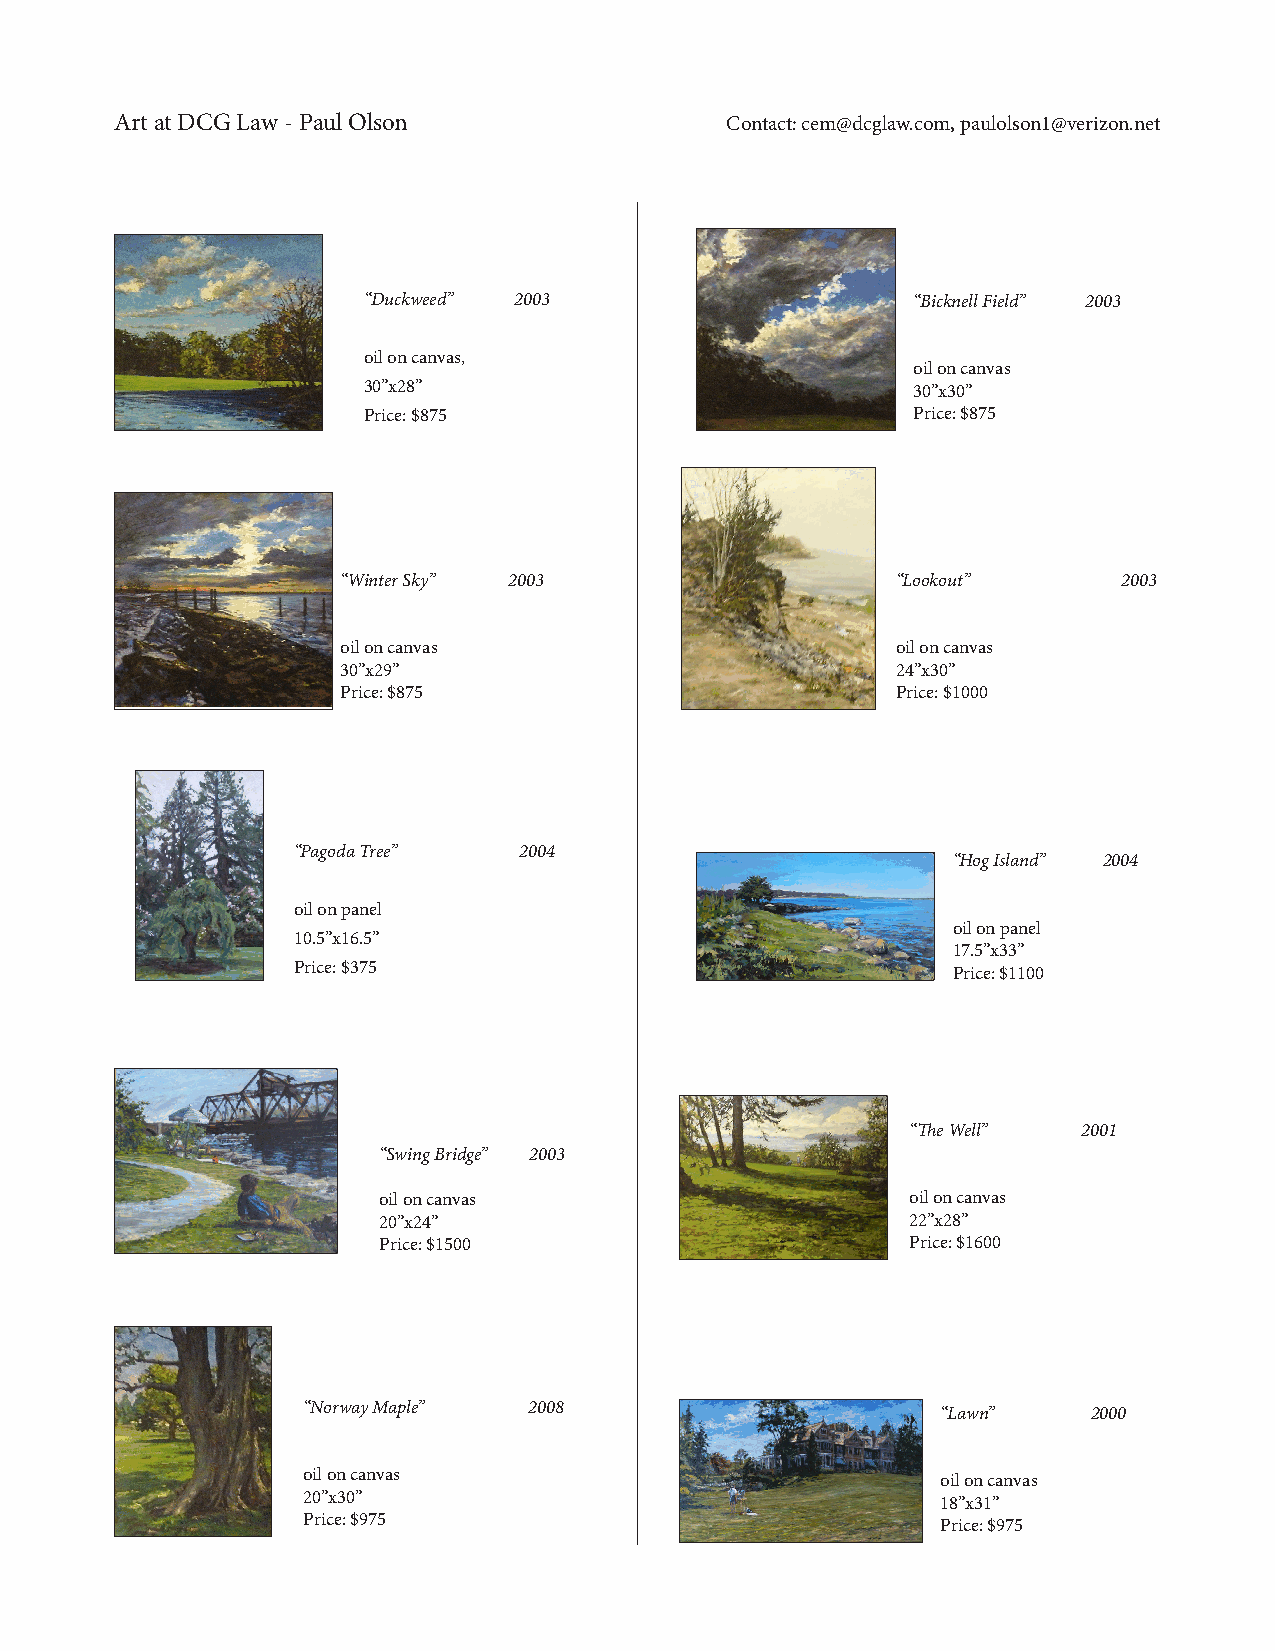
Art at DCG Law - Paul Olson             Contact: cem@dcglaw.com, paulolson1@verizon.net
 “Duckweed” 2003                     “Bicknell Field” 2003
 oil on canvas,
 oil on canvas
 30”x28”                             30”x30”
 Price: $875                         Price: $875
 “Winter Sky” 2003                   “Lookout”      2003
 oil on canvas                       oil on canvas
 30”x29”                             24”x30”
 Price: $875                         Price: $1000
 “Pagoda Tree”  2004
 “Hog Island” 2004
 oil on panel
 oil on panel
 10.5”x16.5”
 17.5”x33”
 Price: $375                                 Price: $1100
 “The Well”  2001
 “Swing Bridge” 2003
 oil on canvas                      oil on canvas
 20”x24”                            22”x28”
 Price: $1500                       Price: $1600
 “Norway Maple” 2008                       “Lawn”    2000
 oil on canvas                             oil on canvas
 20”x30”                                   18”x31”
 Price: $975                               Price: $975